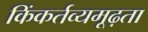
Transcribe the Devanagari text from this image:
किंकर्तव्यमूढ़ता